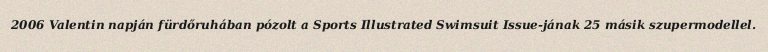
2006 Valentin napján fürdőruhában pózolt a Sports Illustrated Swimsuit Issue-jának 25 másik szupermodellel.